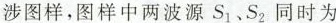
涉图样，图样中两波源S_{1}、S_{2}同时为